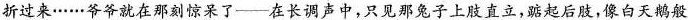
折过来……爷爷就在那刻惊呆了——在长调声中，只见那兔子上肢直立，踮起后肢，像白天鹅般